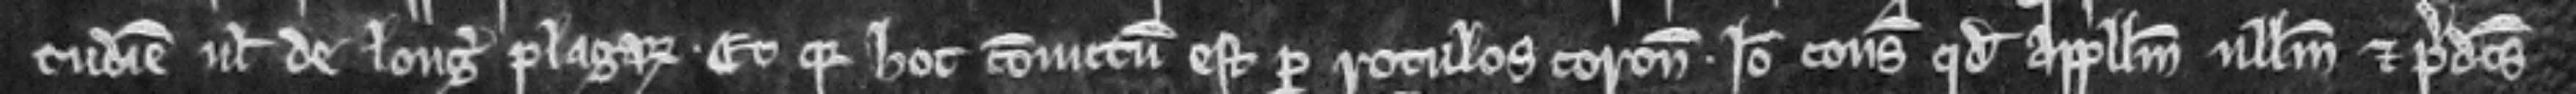
tudine vel de longitudine plagarum. Et quia hoc convictum est per rotulos coronatorum. Ideo consideratum quod appellum nullum et predictus